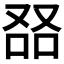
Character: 𠭎